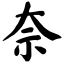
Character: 奈